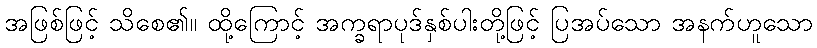
အဖြစ်ဖြင့် သိစေ၏။ ထို့ကြောင့် အက္ခရာပုဒ်နှစ်ပါးတို့ဖြင့် ပြအပ်သော အနက်ဟူသော